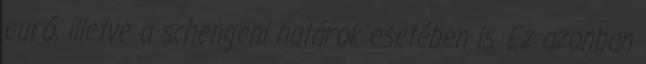
euró, illetve a schengeni határok esetében is. Ez azonban